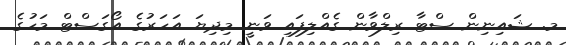
މ. ޝައިނިން ސްޓާ ރިލްވާން ގެއްލިފައި ވަނީ މިދިޔަ އަހަރުގެ އޯގަސްޓް މަހުގެ